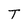
Character: T